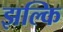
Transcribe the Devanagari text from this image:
झल्कि